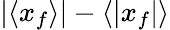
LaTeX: \left|\left<x_{f}\right>\right|-\left<\left|x_{f}\right|\right>